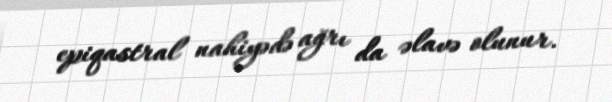
epiqastral nahiyədə ağrı da əlavə olunur.